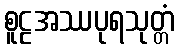
စူဠအဿပုရသုတ္တံ